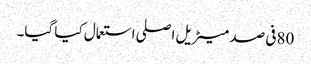
80فی صد میٹریل اصلی استعمال کیا گیا۔